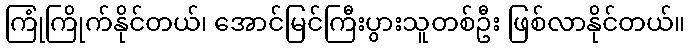
ကြုံကြိုက်နိုင်တယ်၊ အောင်မြင်ကြီးပွားသူတစ်ဦး ဖြစ်လာနိုင်တယ်။